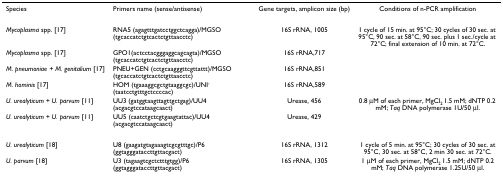
| Species | Primers name (sense/antisense) | Gene targets, amplicon size (bp) | Conditions of n-PCR amplification |
 | --- | --- | --- | --- |
 | Mycoplasma spp. [17] | RNA5 (agagtttgatcctggctcagga)/MGSO (tgcaccatctgtcactctgttaacctc) | 16S rRNA, 1005 | 1 cycle of 15 min. at 95°C; 30 cycles of 30 sec. at 95°C, 90 sec. at 58°C, 90 sec. plus 1 sec./cycle at 72°C; final extension of 10 min. at 72°C. |
 | Mycoplasma spp. [17] | GPO1(actcctacgggaggcagcagta)/MGSO (tgcaccatctgtcactctgttaacctc) | 16S rRNA,717 |  |
 | M. pneumoniae + M. genitalium [17] | PNEU+GEN (cctgcaagggttcgttattt)/MGSO (tgcaccatctgtcactctgttaacctc) | 16S rRNA,851 |  |
 | M. hominis [17] | HOM (tgaaaggcgctgtaaggcgc)/UNI- (taatcctgtttgctccccac) | 16S rRNA,589 |  |
 | U. urealyticum + U. parvum [11] | UU3 (gatggtaagttagttgctgag)/UU4 (acgacgtccataagcaact) | Urease, 456 | 0.8 μM of each primer, MgCl2 1.5 mM; dNTP 0.2 mM; Taq DNA polymerase 1U/50 μl. |
 | U. urealyticum + U. parvum [11] | UU5 (caatctgctcgtgaagtattac)/UU4 (acgacgtccataagcaact) | Urease, 429 |  |
 | U. urealyticum [18] | U8 (gaagatgtagaaagtcgcgtttgc)/P6 (ggtagggataccttgttacgact) | 16S rRNA, 1312 | 1 cycle of 5 min. at 95°C; 30 cycles of 30 sec. at 95°C, 30 sec. at 58°C, 2 min 30 sec. at 72°C. |
 | U. parvum [18] | U3 (tagaagtcgctctttgtgg)/P6 (ggtagggataccttgttacgact) | 16S rRNA, 1305 | 1 μM of each primer, MgCl2 1.5 mM; dNTP 0.2 mM; Taq DNA polymerase 1.25U/50 μl. |